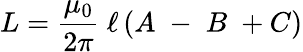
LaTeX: L={\frac{\mu_{0}}{2\pi}}\ \ell\left(A\; -\; B\; +C\right)